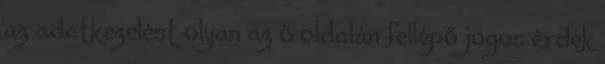
az adatkezelést olyan az ő oldalán fellépő jogos érdek